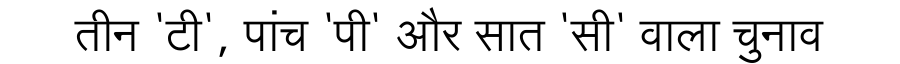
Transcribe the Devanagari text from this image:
तीन 'टी', पांच 'पी' और सात 'सी' वाला चुनाव